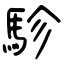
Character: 駗